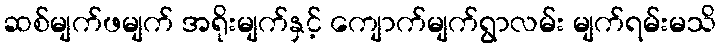
ဆစ်မျက်ဖမျက် အရိုးမျက်နှင့် ကျောက်မျက်ရွာလမ်း မျက်ရမ်းမသိ